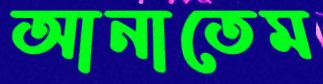
আনাতেম